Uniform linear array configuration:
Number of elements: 32
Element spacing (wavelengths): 0.5
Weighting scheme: binomial
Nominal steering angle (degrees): -30
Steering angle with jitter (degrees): -30.866
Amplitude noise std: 0.05
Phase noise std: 0.05

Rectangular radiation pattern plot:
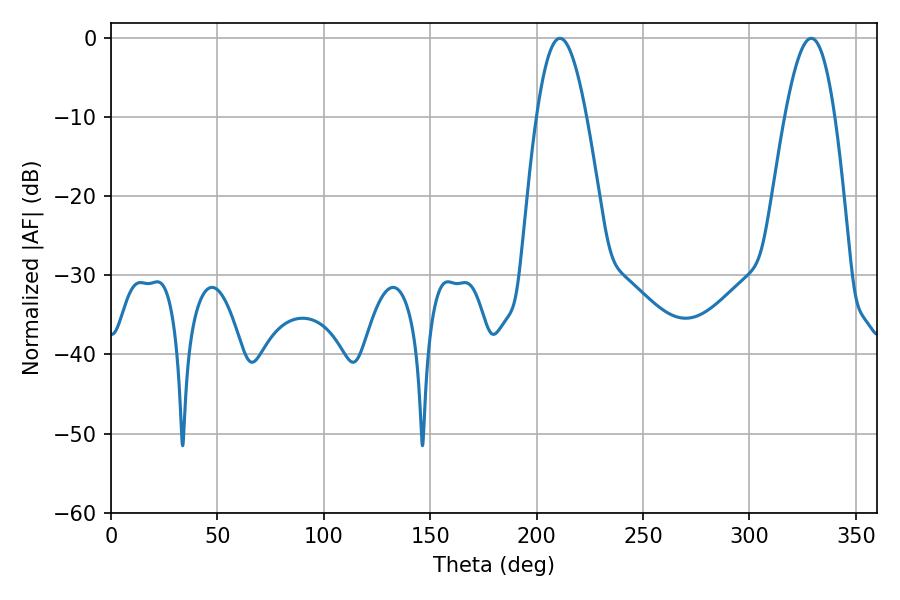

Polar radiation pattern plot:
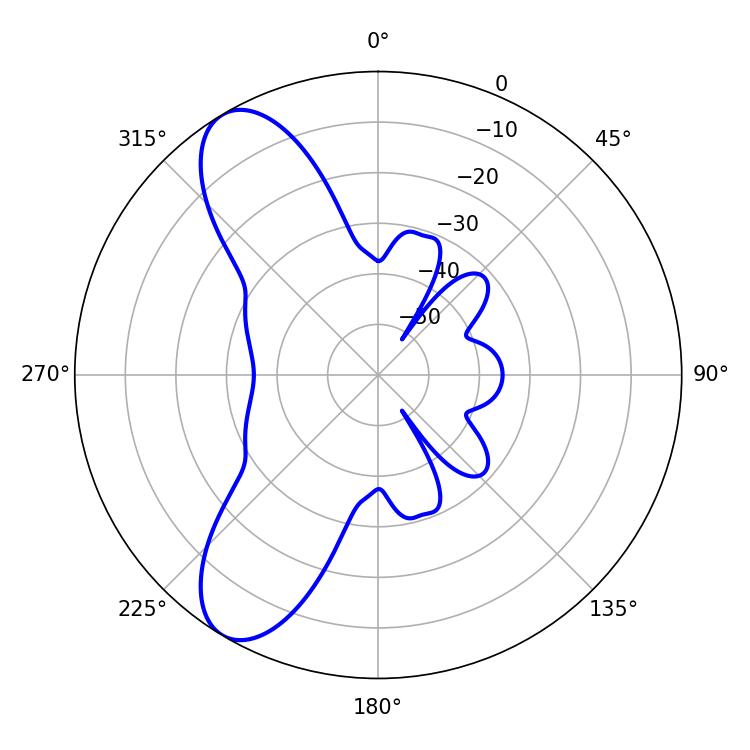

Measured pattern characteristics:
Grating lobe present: FALSE
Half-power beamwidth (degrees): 12.6
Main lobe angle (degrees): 210.96